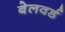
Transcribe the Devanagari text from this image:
बेलवर्ड